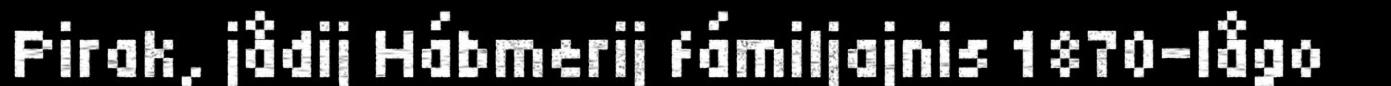
Pirak, jådij Hábmerij fámiljajnis 1870-lågo